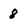
Character: 8